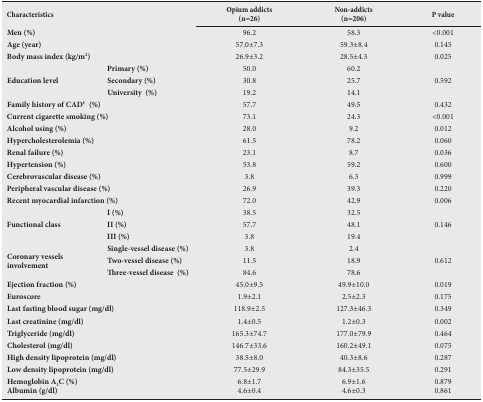
<table><thead><tr><td colspan="2"><b>Characteristics</b></td><td><b>Opium addicts(n=26)</b></td><td><b>Non-addicts(n=206)</b></td><td><b>P value</b></td></tr></thead><tbody><tr><td colspan="2"><b>Men (%)</b></td><td>96.2</td><td>58.3</td><td>&lt;0.001</td></tr><tr><td colspan="2"><b>Age (year)</b></td><td>57.0±7.3</td><td>59.3±8.4</td><td>0.145</td></tr><tr><td colspan="2"><b>Body mass index (kg/m<sup>2</sup>)</b></td><td>26.9±3.2</td><td>28.5±4.3</td><td>0.025</td></tr><tr><td rowspan="3"><b>Education level</b></td><td><b>Primary (%)</b></td><td>50.0</td><td>60.2</td><td rowspan="3">0.592</td></tr><tr><td><b>Secondary (%)</b></td><td>30.8</td><td>25.7</td></tr><tr><td><b>University (%)</b></td><td>19.2</td><td>14.1</td></tr><tr><td colspan="2"><b>Family history of CAD‡ (%)</b></td><td>57.7</td><td>49.5</td><td>0.432</td></tr><tr><td colspan="2"><b>Current cigarette smoking (%)</b></td><td>73.1</td><td>24.3</td><td>&lt;0.001</td></tr><tr><td colspan="2"><b>Alcohol using (%)</b></td><td>28.0</td><td>9.2</td><td>0.012</td></tr><tr><td colspan="2"><b>Hypercholesterolemia (%)</b></td><td>61.5</td><td>78.2</td><td>0.060</td></tr><tr><td colspan="2"><b>Renal failure (%)</b></td><td>23.1</td><td>8.7</td><td>0.036</td></tr><tr><td colspan="2"><b>Hypertension (%)</b></td><td>53.8</td><td>59.2</td><td>0.600</td></tr><tr><td colspan="2"><b>Cerebrovascular disease (%)</b></td><td>3.8</td><td>6.3</td><td>0.999</td></tr><tr><td colspan="2"><b>Peripheral vascular disease (%)</b></td><td>26.9</td><td>39.3</td><td>0.220</td></tr><tr><td colspan="2"><b>Recent myocardial infarction (%)</b></td><td>72.0</td><td>42.9</td><td>0.006</td></tr><tr><td rowspan="3"><b>Functional class</b></td><td><b>I (%)</b></td><td>38.5</td><td>32.5</td><td rowspan="3">0.146</td></tr><tr><td><b>II (%)</b></td><td>57.7</td><td>48.1</td></tr><tr><td><b>III (%)</b></td><td>3.8</td><td>19.4</td></tr><tr><td rowspan="3"><b>Coronary vesselsinvolvement</b></td><td><b>Single-vessel disease (%)</b></td><td>3.8</td><td>2.4</td><td rowspan="3">0.612</td></tr><tr><td><b>Two-vessel disease (%)</b></td><td>11.5</td><td>18.9</td></tr><tr><td><b>Three-vessel disease (%)</b></td><td>84.6</td><td>78.6</td></tr><tr><td colspan="2"><b>Ejection fraction (%)</b></td><td>45.0±9.5</td><td>49.9±10.0</td><td>0.019</td></tr><tr><td colspan="2"><b>Euroscore</b></td><td>1.9±2.1</td><td>2.5±2.3</td><td>0.175</td></tr><tr><td colspan="2"><b>Last fasting blood sugar (mg/dl)</b></td><td>118.9±2.5</td><td>127.3±46.3</td><td>0.349</td></tr><tr><td colspan="2"><b>Last creatinine (mg/dl)</b></td><td>1.4±0.5</td><td>1.2±0.3</td><td>0.002</td></tr><tr><td colspan="2"><b>Triglyceride (mg/dl)</b></td><td>165.3±74.7</td><td>177.0±79.9</td><td>0.464</td></tr><tr><td colspan="2"><b>Cholesterol (mg/dl)</b></td><td>146.7±33.6</td><td>160.2±49.1</td><td>0.075</td></tr><tr><td colspan="2"><b>High density lipoprotein (mg/dl)</b></td><td>38.5±8.0</td><td>40.3±8.6</td><td>0.287</td></tr><tr><td colspan="2"><b>Low density lipoprotein (mg/dl)</b></td><td>77.5±29.9</td><td>84.3±35.5</td><td>0.291</td></tr><tr><td colspan="2"><b>Hemoglobin A<sub>1</sub>C (%)</b></td><td>6.8±1.7</td><td>6.9±1.6</td><td>0.879</td></tr><tr><td colspan="2"><b>Albumin (g/dl)</b></td><td>4.6±0.4</td><td>4.6±0.3</td><td>0.861</td></tr></tbody></table>